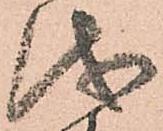
儀